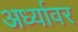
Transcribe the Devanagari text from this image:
अर्ध्यावर